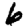
Digit: 6